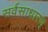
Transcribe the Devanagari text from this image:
सर्वसाधारण्